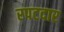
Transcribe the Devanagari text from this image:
रपटदार